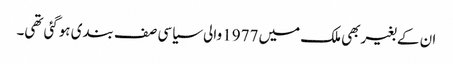
ان کے بغیربھی ملک میں 1977 والی سیاسی صف بندی ہوگئی تھی۔